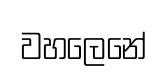
වහලෙනේ